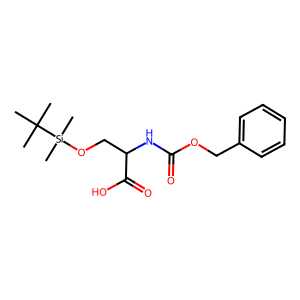
SMILES: CC(C)(C)[Si](C)(C)OCC(NC(=O)OCc1ccccc1)C(=O)O
Inhibits HIV replication: No